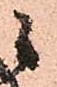
候